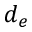
d _ { e }